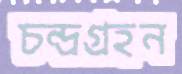
চন্দ্রগ্রহন